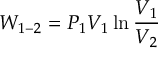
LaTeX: W _ { 1 - 2 } = P _ { 1 } V _ { 1 } \ln { \frac { V _ { 1 } } { V _ { 2 } } }